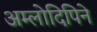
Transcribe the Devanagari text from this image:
अम्लोदिपिने